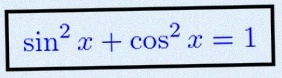
\sin^2x+\cos^2x=1